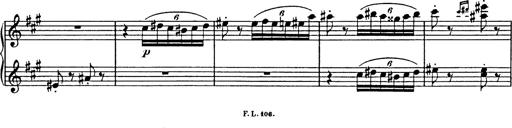
Title: Mephisto Polka
Composer: Franz Liszt